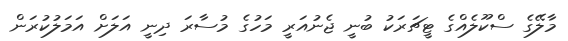
މާލޭގެ ސްކޫލެއްގެ ޓީޗަރަކު ބުނީ ޖެނުއަރީ މަހުގެ މުސާރަ ދިނީ އަލަށް އަމަލުކުރަން